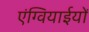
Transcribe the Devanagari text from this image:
एंग्वियाईयों